Report on lock hospitals in British Burma
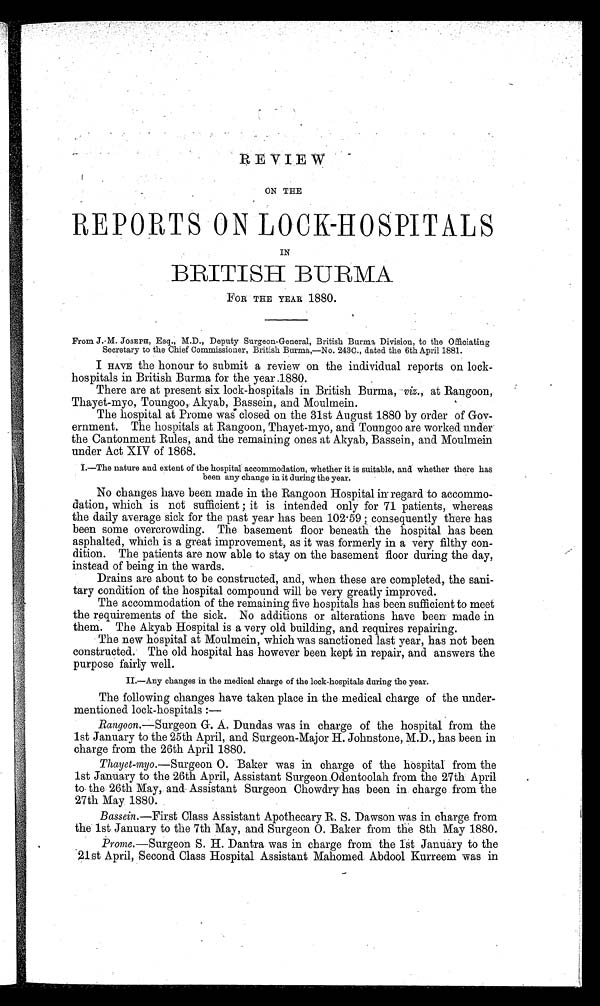
REVIEW
ON THE
REPORTS ON LOCK-HOSPITALS
IN
BRITISH BURMA
FOR THE YEAR 1880.
From J. M. JOSEPH, Esq., M.D., Deputy Surgeon-General, British Burma Division, to the Officiating
Secretary to the Chief Commissioner, British Burma,—No. 243C., dated the 6th April 1881.
I HAVE the honour to submit a review on the individual reports on lock-
hospitals in British Burma for the year .1880.
There are at present six lock-hospitals in British Burma, -viz., at Rangoon,
Thayet-myo, Toungoo, Akyab, Bassein, and Moulmein.
The hospital at Prome was closed on the 31st August 1880 by order of Gov
ernment. The hospitals at Rangoon, Thayet-myo, and Toungoo are worked under
the Cantonment Rules, and the remaining ones at Akyab, Bassein, and Moulmein
under Act XIV of 1868.
I. —The nature and extent of the hospital accommodation, whether it is suitable, and whether there has
been any change in it during the year.
No changes have been made in the Rangoon Hospital in regard to accommo
dation, which is not sufficient ; it is intended only for 71 patients, whereas
the daily average sick for the past year has been 102 . 59 ; consequently there has
been some overcrowding. The basement floor beneath the hospital has been
asphalted, which is a great improvement, as it was formerly in a very filthy con
dition. The patients are now able to stay on the basement floor during the day,
instead of being in the wards.
Drains are about to be constructed, and, when these are completed, the sani
tary condition of the hospital compound will be very greatly improved.
The accommodation of the remaining five hospitals has been sufficient to meet
the requirements of the sick. No additions or alterations have been made in
them. The Akyab Hospital is a very old building, and requires repairing.
The new hospital at Moulmein, which was sanctioned last year, has not been
constructed. The old hospital has however been kept in repair, and answers the
purpose fairly well.
II.—Any changes in the medical charge of the lock-hospitals during the year.
The following changes have taken place in the medical charge of the under
mentioned lock-hospitals :-
Rangoon.—Surgeon G. A. Dundas was in charge of the hospital from the
1st January to the 25th April, and Surgeon-Major H. Johnstone, M.D., has been in
charge from the 26th April 1880.
Thayet-myo.—Surgeon O. Baker was in charge of the hospital from the
1st January to the 26th April, Assistant Surgeon .Odentoolah from the 27th April
to the 26th May, and Assistant Surgeon Chowdry has been in charge from the
27th May 1880.
Bassein.—First Class Assistant Apothecary R. S. Dawson was in charge from
the 1st January to the 7th May, and Surgeon O. Baker from the 8th May 1880.
Prome.—Surgeon S. H. Dantra was in charge from the 1st January to the
21st April, Second Class Hospital Assistant Mahomed Abdool Kurreem was in